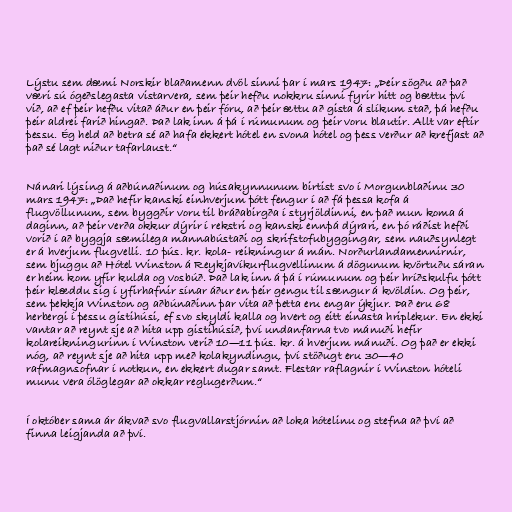
Lýstu sem dæmi Norskir blaðamenn dvöl sinni þar í mars 1947: „Þeir sögðu að það
væri sú ógeðslegasta vistarvera, sem þeir hefðu nokkru sinni fyrir hitt og bættu því
við, að ef þeir hefðu vitað áður en þeir fóru, að þeir ættu að gista á slíkum stað, þá hefðu
þeir aldrei farið hingað. Það lak inn á þá í rúmunum og þeir voru blautir. Allt var eftir
þessu. Ég held að betra sé að hafa ekkert hótel en svona hótel og þess verður að krefjast að
það sé lagt niður tafarlaust.“

Nánari lýsing á aðbúnaðinum og húsakynnunum birtist svo í Morgunblaðinu 30
mars 1947: „Það hefir kanski einhverjum þótt fengur í að fá þessa kofa á
flugvöllunum, sem byggðir voru til bráðabirgða í styrjöldinni, en það mun koma á
daginn, að þeir verða okkur dýrir í rekstri og kanski ennþá dýrari, en þó ráðist hefði
vorið í að byggja sæmilega mannabústaði og skrifstofubyggingar, sem nauðsynlegt
er á hverjum flugvelli. 10 þús. kr. kola- reikningur á mán. Norðurlandamennirnir,
sem bjuggu að Hótel Winston á Reykjavíkurflugvellinum á dögunum kvörtuðu sáran
er heim kom yfir kulda og vosbúð. Það lak inn á þá í rúmunum og þeir hríðskulfu þótt
þeir klæddu sig í yfirhafnir sínar áður en þeir gengu til sængur á kvöldin. Og þeir,
sem þekkja Winston og aðbúnaðinn þar vita að þetta eru engar ýkjur. Það eru 68
herbergi í þessu gistihúsi, ef svo skyldi kalla og hvert og eitt einasta hriplekur. En ekki
vantar að reynt sje að hita upp gistihúsið, því undanfarna tvo mánuði hefir
kolareikningurinn í Winston verið 10—11 þús. kr. á hverjum mánuði. Og það er ekki
nóg, að reynt sje að hita upp með kolakyndingu, því stöðugt eru 30—40
rafmagnsofnar í notkun, en ekkert dugar samt. Flestar raflagnir í Winston hóteli
munu vera ólöglegar að okkar reglugerðum.“

Í október sama ár ákvað svo flugvallarstjórnin að loka hótelinu og stefna að því að
finna leigjanda að því.